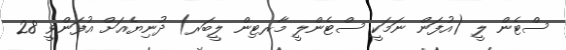
ސްޓެން ލީ (އުފަން ނަމަކީ ސްޓެންލީ މާރޓިން ލީބަރ) ދުނިޔެއަށް އުފަންވީ 28